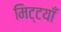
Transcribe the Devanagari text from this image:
मिट्टयाँ